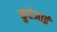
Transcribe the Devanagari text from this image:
कुरंजाई